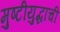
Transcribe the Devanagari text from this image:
मुष्टीयुद्धाची